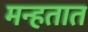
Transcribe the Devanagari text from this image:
मन्हतात